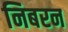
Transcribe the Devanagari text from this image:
निबरन